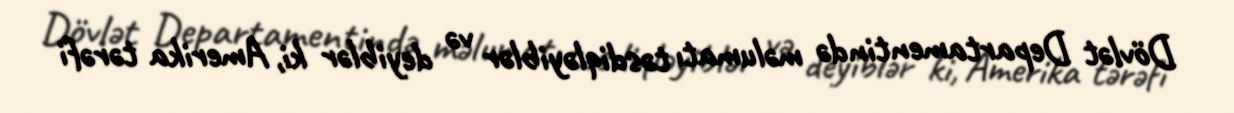
Dövlət Departamentində məlumatı təsdiqləyiblər və deyiblər ki, Amerika tərəfi